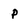
Character: P